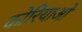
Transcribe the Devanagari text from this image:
कोरियाओ